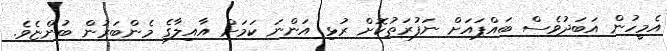
އެމީހުން އަބަދުވެސް ބައްޕައަށް ނަފުރަތުކޮށް ރުޅި އަންނަ ކަމަށް އާއިލާގެ މެންބަރުން ބުންޏެވެ.